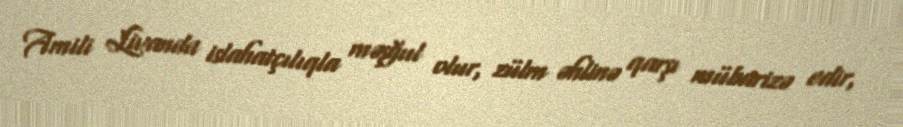
Amili Livanda islahatçılıqla məşğul olur, zülm əhlinə qarşı mübarizə edir,